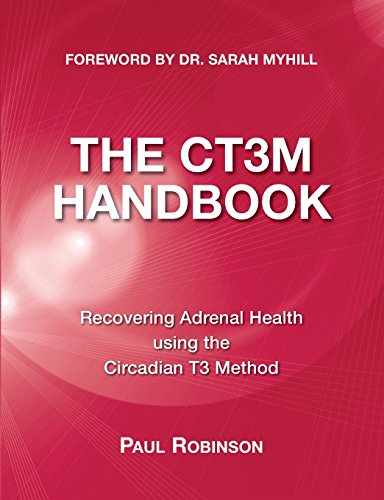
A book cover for The Ct3m Handbook; Paul Robinson; Medical Books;